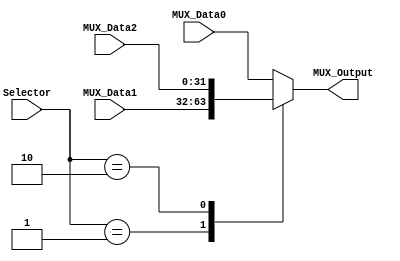
module Multiplexer3to1
#(
  parameter NBits=32
)
(
  input [1:0] Selector,
  input [NBits-1:0] MUX_Data0,
  input [NBits-1:0] MUX_Data1,
  input [NBits-1:0] MUX_Data2,
  
  output reg [NBits-1:0] MUX_Output
);

  always@(Selector,MUX_Data2,MUX_Data1,MUX_Data0)
  begin
    case (Selector)
      2'b00:
        MUX_Output = MUX_Data0;
      2'b01:
        MUX_Output = MUX_Data1;
      2'b10:
        MUX_Output = MUX_Data2;
      default:
        MUX_Output = MUX_Data0;
    endcase
  end

endmodule